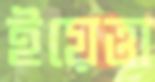
ইয়েত্তা